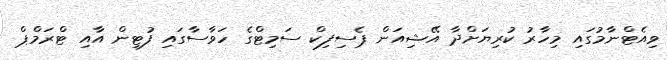
ވިއެޓްނާމުގައި މިހާރު ކުރިޔަށްދާ އޭޝިއަން ޕެސިފިކް ސަމިޓްގެ ހަވާސާގައި ފުޓިން އާއި ޓްރަމްޕް